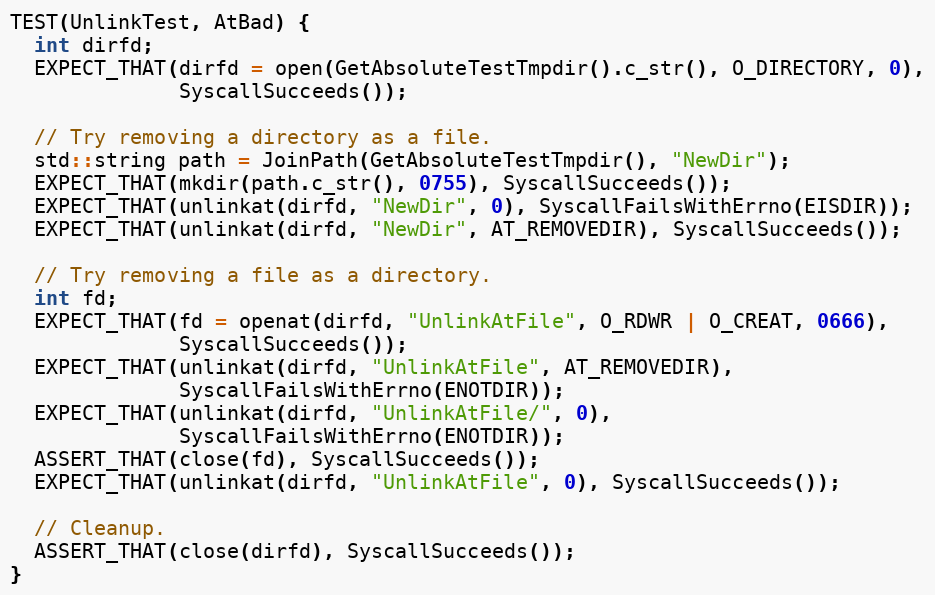
Language: C++
TEST(UnlinkTest, AtBad) {
  int dirfd;
  EXPECT_THAT(dirfd = open(GetAbsoluteTestTmpdir().c_str(), O_DIRECTORY, 0),
              SyscallSucceeds());

  // Try removing a directory as a file.
  std::string path = JoinPath(GetAbsoluteTestTmpdir(), "NewDir");
  EXPECT_THAT(mkdir(path.c_str(), 0755), SyscallSucceeds());
  EXPECT_THAT(unlinkat(dirfd, "NewDir", 0), SyscallFailsWithErrno(EISDIR));
  EXPECT_THAT(unlinkat(dirfd, "NewDir", AT_REMOVEDIR), SyscallSucceeds());

  // Try removing a file as a directory.
  int fd;
  EXPECT_THAT(fd = openat(dirfd, "UnlinkAtFile", O_RDWR | O_CREAT, 0666),
              SyscallSucceeds());
  EXPECT_THAT(unlinkat(dirfd, "UnlinkAtFile", AT_REMOVEDIR),
              SyscallFailsWithErrno(ENOTDIR));
  EXPECT_THAT(unlinkat(dirfd, "UnlinkAtFile/", 0),
              SyscallFailsWithErrno(ENOTDIR));
  ASSERT_THAT(close(fd), SyscallSucceeds());
  EXPECT_THAT(unlinkat(dirfd, "UnlinkAtFile", 0), SyscallSucceeds());

  // Cleanup.
  ASSERT_THAT(close(dirfd), SyscallSucceeds());
}